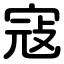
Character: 寇